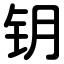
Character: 钥